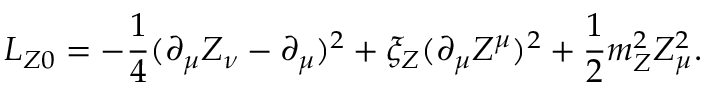
{ \cal L } _ { Z 0 } = - { \frac { 1 } { 4 } } ( \partial _ { \mu } Z _ { \nu } - \partial _ { \mu } ) ^ { 2 } + \xi _ { Z } ( \partial _ { \mu } Z ^ { \mu } ) ^ { 2 } + { \frac { 1 } { 2 } } m _ { Z } ^ { 2 } Z _ { \mu } ^ { 2 } .